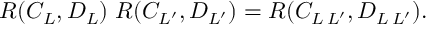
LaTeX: R ( C _ { L } , D _ { L } ) \; R ( C _ { L ^ { \prime } } , D _ { L ^ { \prime } } ) = R ( C _ { L \, L ^ { \prime } } , D _ { L \, L ^ { \prime } } ) .